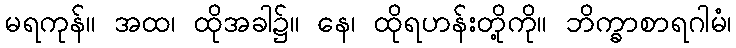
မရကုန်။ အထ၊ ထိုအခါ၌။ နေ၊ ထိုရဟန်းတို့ကို။ ဘိက္ခာစာရဂါမံ၊